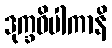
ဒုက္ခဝိပါကာနိ